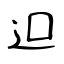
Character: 𨑕